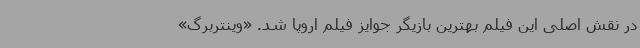
در نقش اصلی این فیلم بهترین بازیگر جوایز فیلم اروپا شد. «وینتربرگ»